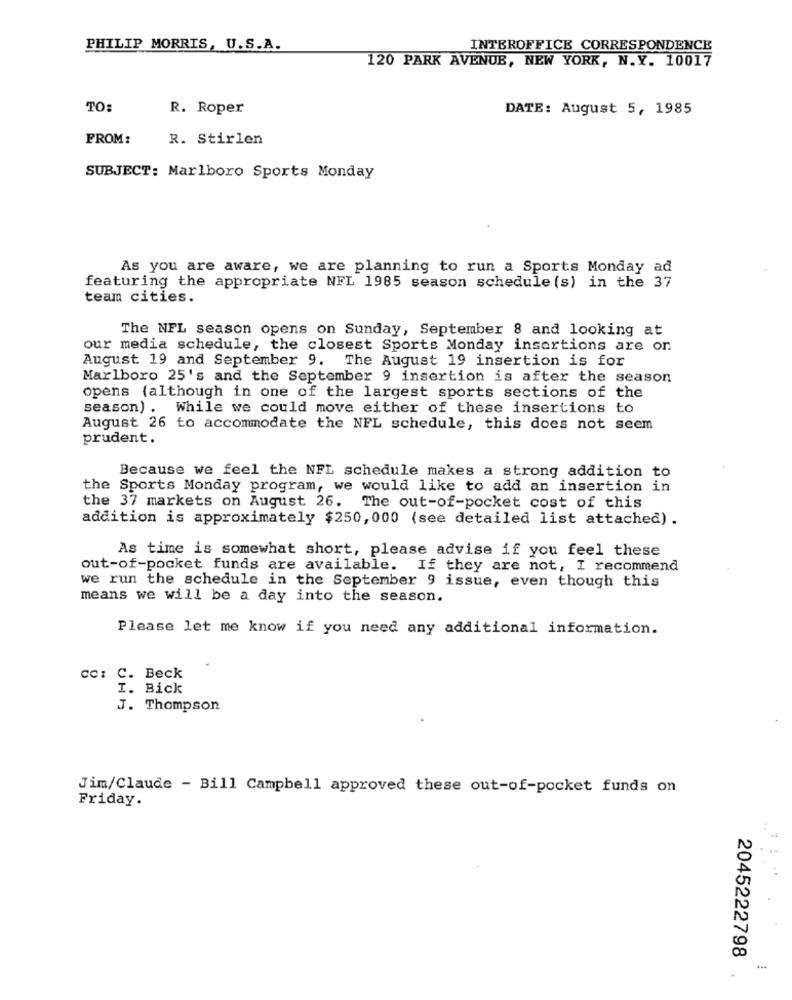
PHILIP MORRIS, U.S.A.
INTEROFFICE CORRESPONDENCE
120 PARK AVENUE, NEW YORK, N.Y. 10017
TO:
R. Roper
DATE: August 5, 1985
FROM:
R. Stirlen
SUBJECT: Marlboro Sports Monday
As you are aware, we are planning to run a Sports Monday ad
featuring the appropriate NFL 1985 season schedule (s) in the 37
team cities.
The NFL season opens on Sunday, September 8 and looking at
our media schedule, the closest Sports Monday insertions are on
August 19 and September 9. The August 19 insertion is for
Marlboro 25's and the September 9 insertion is after the season
opens (although in one of the largest sports sections of the
season) . While we could move either of these insertions to
August 26 to accommodate the NFL schedule, this does not seem
prudent.
Because we feel the NFL schedule makes a strong addition to
the Sports Monday program, we would like to add an insertion in
the 37 markets on August 26. The out-of-pocket cost of this
addition is approximately $250, 000 (see detailed list attached) .
As time is somewhat short, please advise if you feel these
out-of-pocket funds are available. If they are not, I recommend
we run the schedule in the September 9 issue, even though this
means we will be a day into the season.
Please let me know if you need any additional information.
cc: C. Beck
I. Bick
J. Thompson
Jim/Claude - Bill Campbell approved these out-of-pocket funds on
Friday.
2045222798